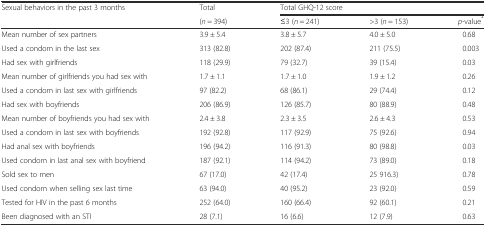
| <ROWSPAN=2> Sexual behaviors in the past 3 months | Total | <COLSPAN=3> Total GHQ-12 score |
 | (n = 394) | ≤3 (n = 241) | >3 (n = 153) | p-value* |
 | --- | --- | --- | --- | --- |
 | Mean number of sex partners | 3.9 ± 5.4 | 3.8 ± 5.7 | 4.0 ± 5.0 | 0.68 |
 | Used a condom in the last sex | 313 (82.8) | 202 (87.4) | 211 (75.5) | 0.003 |
 | Had sex with girlfriends | 118 (29.9) | 79 (32.7) | 39 (15.4) | 0.03 |
 | Mean number of girlfriends you had sex with | 1.7 ± 1.1 | 1.7 ± 1.0 | 1.9 ± 1.2 | 0.26 |
 | Used a condom in last sex with girlfriends | 97 (82.2) | 68 (86.1) | 29 (74.4) | 0.12 |
 | Had sex with boyfriends | 206 (86.9) | 126 (85.7) | 80 (88.9) | 0.48 |
 | Mean number of boyfriends you had sex with | 2.4 ± 3.8 | 2.3 ± 3.5 | 2.6 ± 4.3 | 0.53 |
 | Used a condom in last sex with boyfriends | 192 (92.8) | 117 (92.9) | 75 (92.6) | 0.94 |
 | Had anal sex with boyfriends | 196 (94.2) | 116 (91.3) | 80 (98.8) | 0.03 |
 | Used condom in last anal sex with boyfriend | 187 (92.1) | 114 (94.2) | 73 (89.0) | 0.18 |
 | Sold sex to men | 67 (17.0) | 42 (17.4) | 25 916.3) | 0.78 |
 | Used condom when selling sex last time | 63 (94.0) | 40 (95.2) | 23 (92.0) | 0.59 |
 | Tested for HIV in the past 6 months | 252 (64.0) | 160 (66.4) | 92 (60.1) | 0.21 |
 | Been diagnosed with an STI | 28 (7.1) | 16 (6.6) | 12 (7.9) | 0.63 |